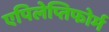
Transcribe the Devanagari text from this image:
एपिलेप्तिफोर्म